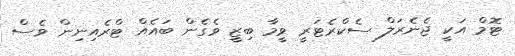
ޓޮމް އަކީ ޖެނެރަލް ސެކްރެޓަރީ ވީމާ ބިޒީ ވެގެން ބައެއް ޓްރެއިނިން ވެސް